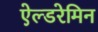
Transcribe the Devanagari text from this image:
ऐल्डरेमिन